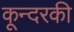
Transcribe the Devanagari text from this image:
कून्दरकी